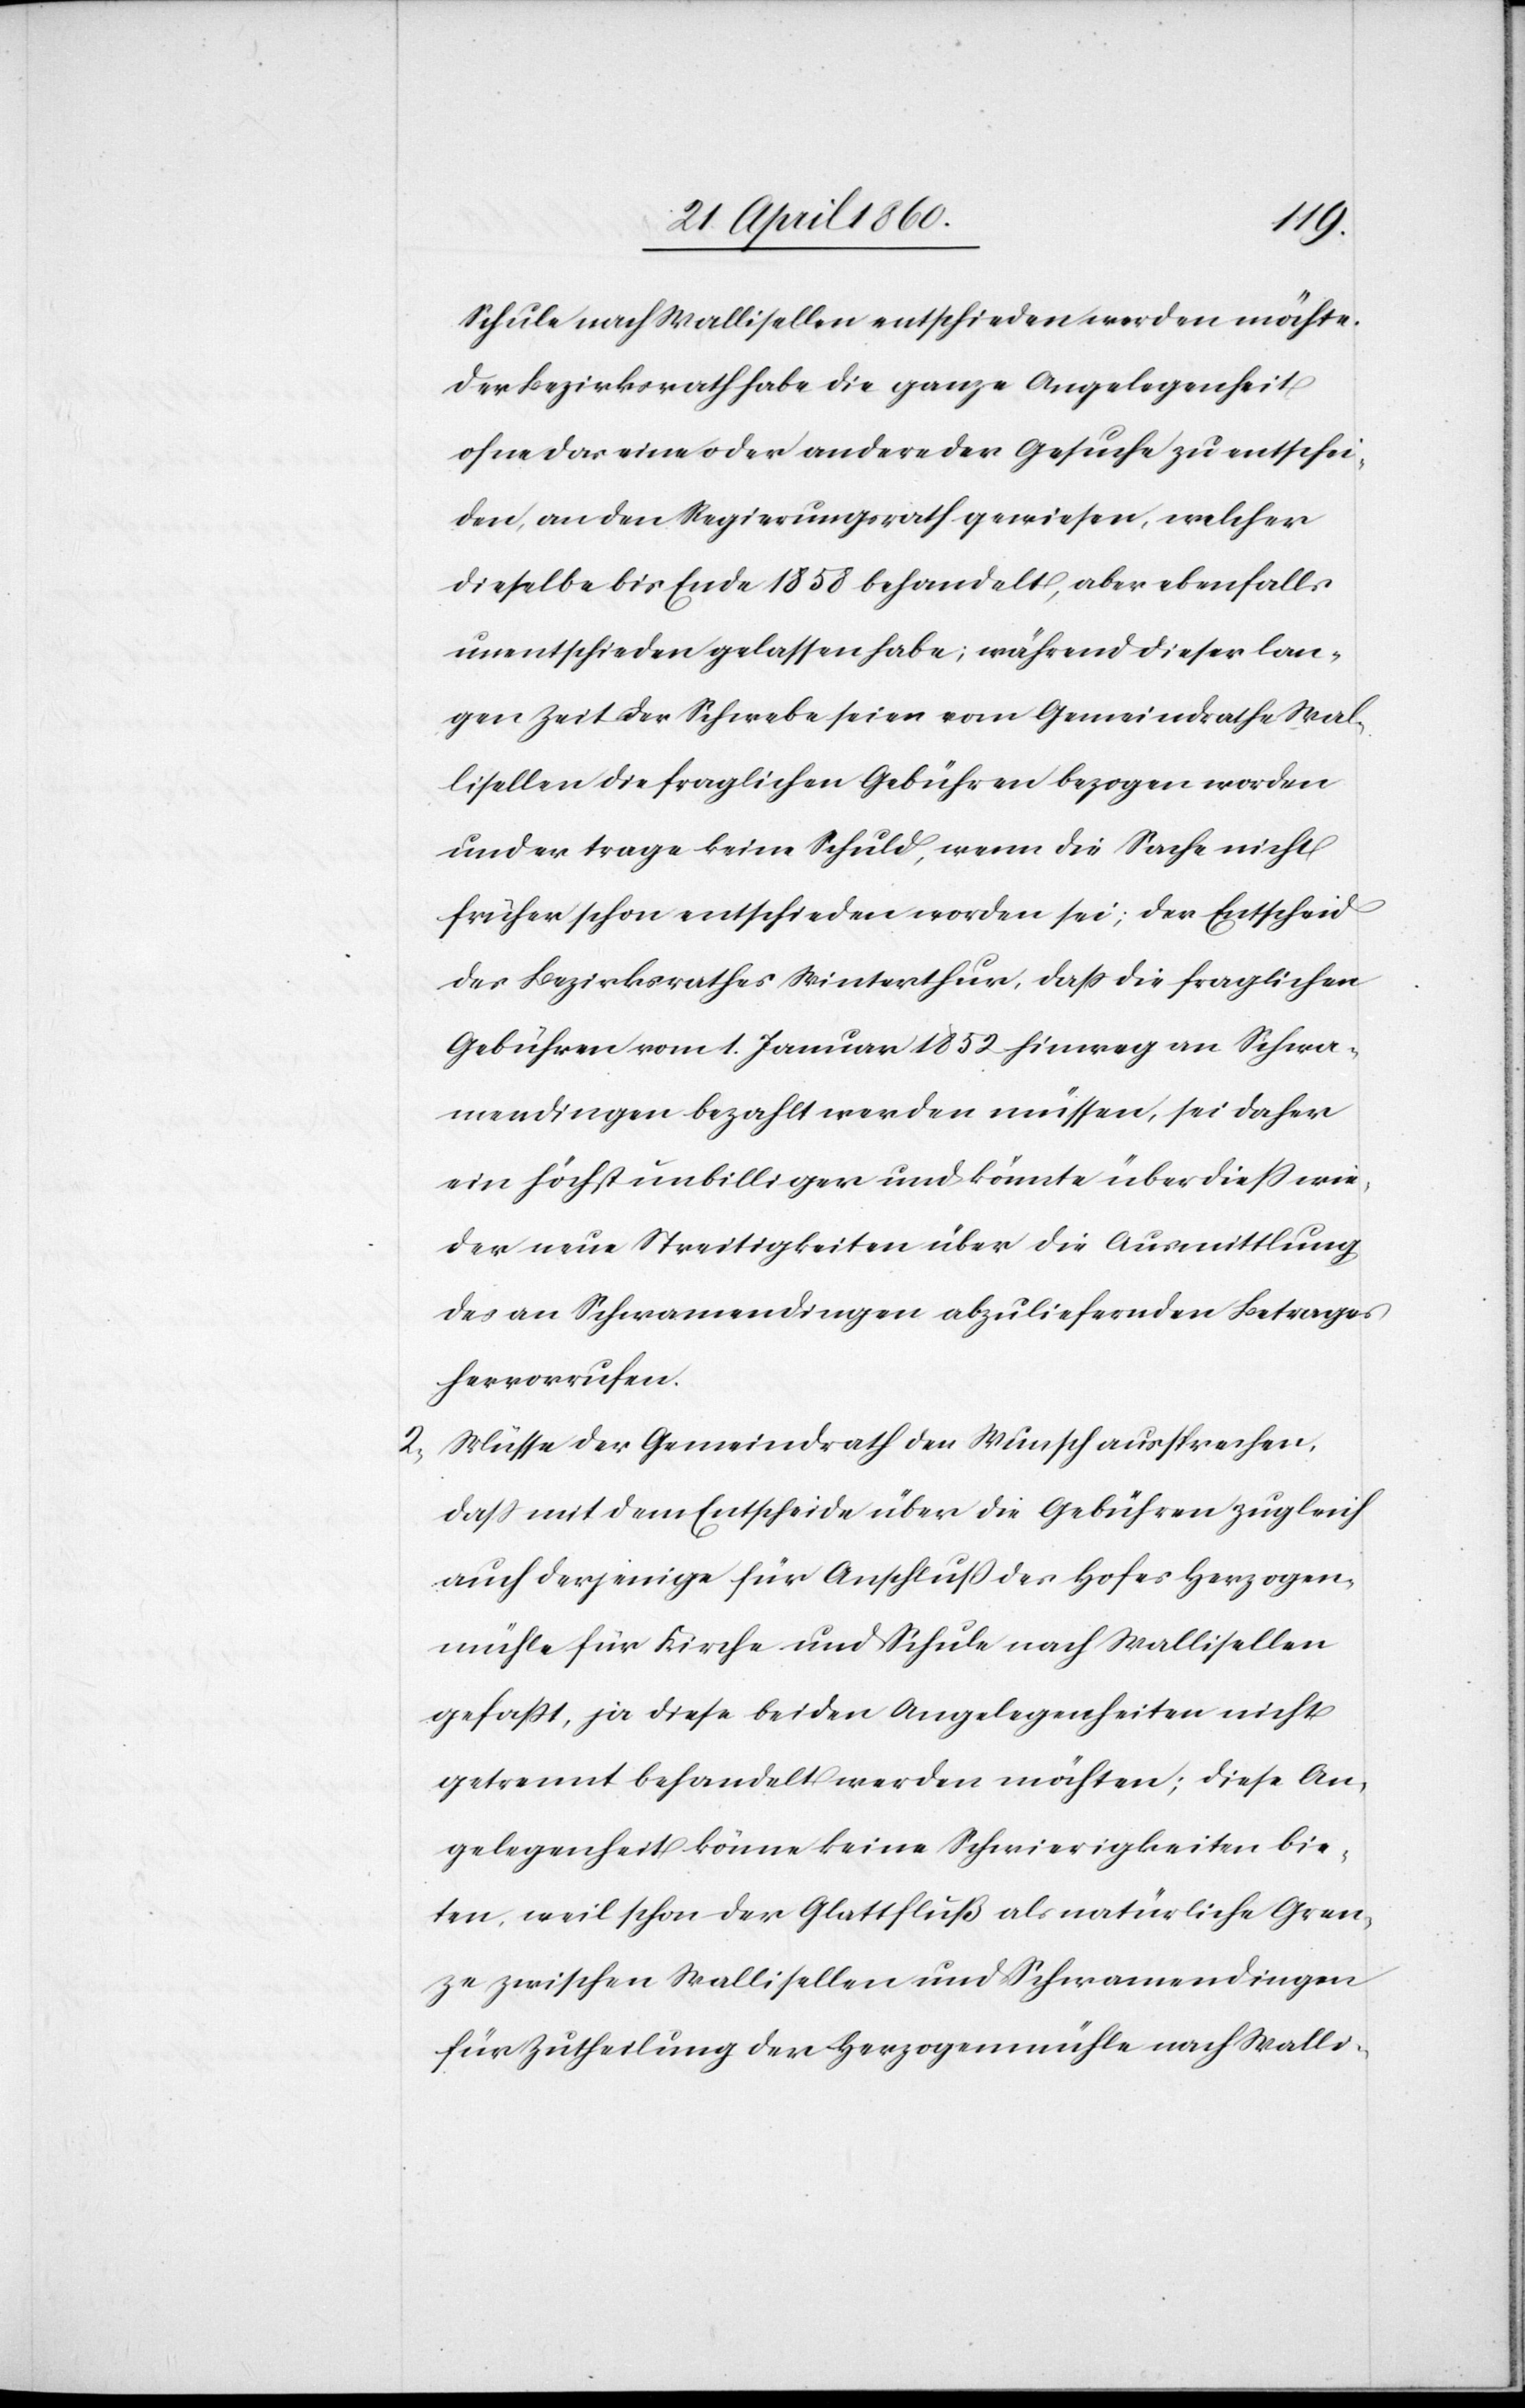
Schule nach Wallisellen entschieden werden möchte.
Der Bezirksrath habe die ganze Angelegenheit
ohne das eine oder andere der Gesuche zu entschei¬
den, an den Regierungsrath gewiesen, welcher
dieselbe bis Ende 1858 behandelt, aber ebenfalls
unentschieden gelassen habe; während dieser lan¬
gen Zeit der Schwebe seien vom Gemeindrathe Wal¬
lisellen die fraglichen Gebühren bezogen worden
und er trage keine Schuld, wenn die Sache nicht
früher schon entschieden worden sei; der Entscheid
des Bezirksrathes Winterthur, dass die fraglichen
Gebühren vom 1. Januar 1852 hinweg an Schwa¬
mendingen bezahlt werden müssen, sei daher
ein höchst unbilliger und könnte überdiess wie¬
der neue Streitigkeiten über die Ausmittlung
des an Schwamendingen abzuliefernden Betrages
hervorrufen.
2. Müsse der Gemeindrath den Wunsch aussprechen,
dass mit dem Entscheide über die Gebühren zugleich
auch derjenige für Anschluß des Hofes Herzogen¬
mühle für Kirche und Schule nach Wallisellen
gefasst, ja diese beiden Angelegenheiten nicht
getrennt behandelt werden möchten; diese An¬
gelegenheit könne keine Schwierigkeiten bie¬
ten, weil schon der Glattfluß als natürliche Gren¬
ze zwischen Wallisellen und Schwamendingen
für Zutheilung der Herzogenmühle nach Walli-